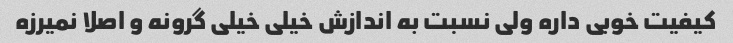
کیفیت خوبی داره ولی نسبت به اندازش خیلی خیلی گرونه و اصلا نمیرزه